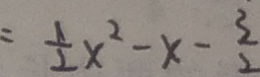
\frac { 1 } { 2 } x ^ { 2 } - x - \frac { 3 } { 2 }